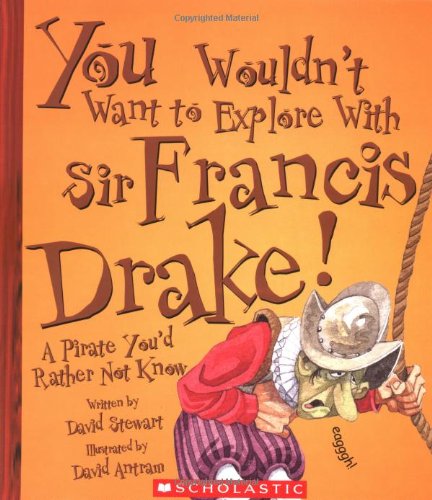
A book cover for You Wouldn't Want to Explore with Sir Francis Drake!: A Pirate You'd Rather Not Know; David Stewart; Children's Books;